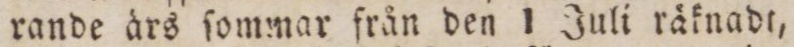
rande ärs ſommar från den 1 Juli räknadt,